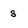
Character: s